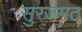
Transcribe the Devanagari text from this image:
सुरजमठ